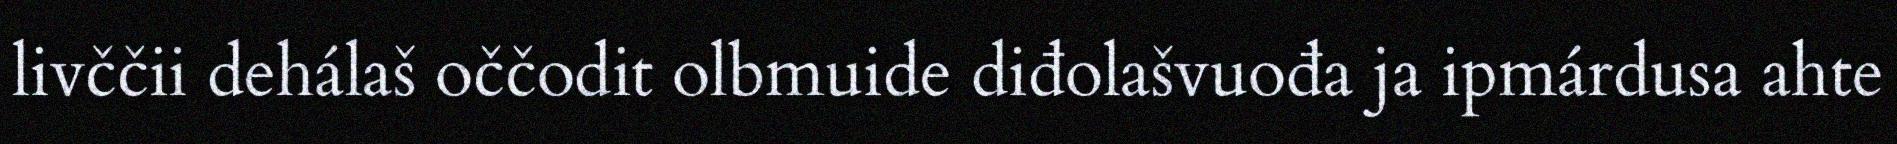
livččii dehálaš oččodit olbmuide diđolašvuođa ja ipmárdusa ahte